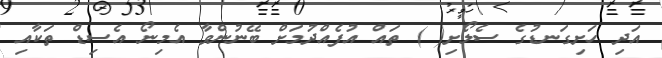
އަދި ހަށިގަނޑުގެ ސެލޯށި( ) ތައް އުފެއްދުމަށް ބޭނުންވާ އެމިނޯ އެސިޑް ތަކާއި